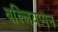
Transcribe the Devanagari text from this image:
वल्लियप्पन